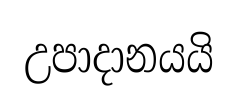
උපාදානයයි